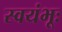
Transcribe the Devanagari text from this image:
स्वयंभूः